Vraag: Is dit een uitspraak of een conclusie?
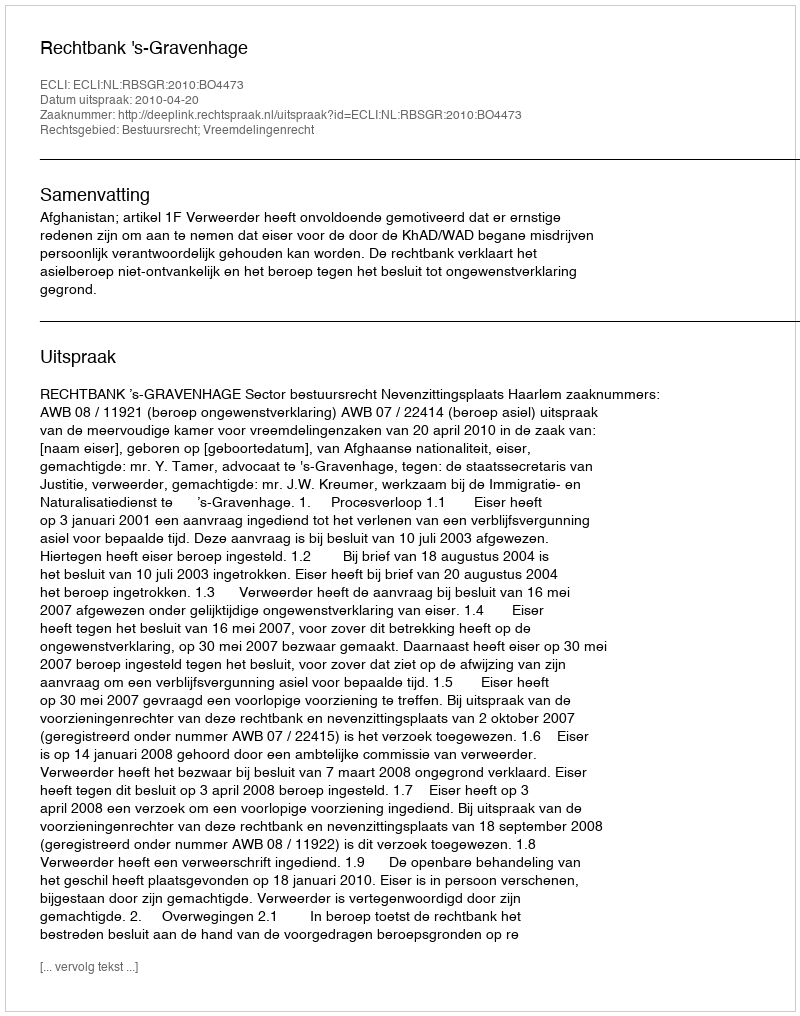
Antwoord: Uitspraak